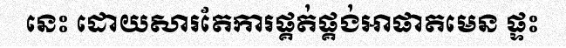
នេះ ដោយសារតែការផ្គត់ផ្គង់អាផាតមេន ផ្ទះ